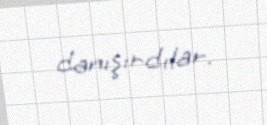
danışırdılar.